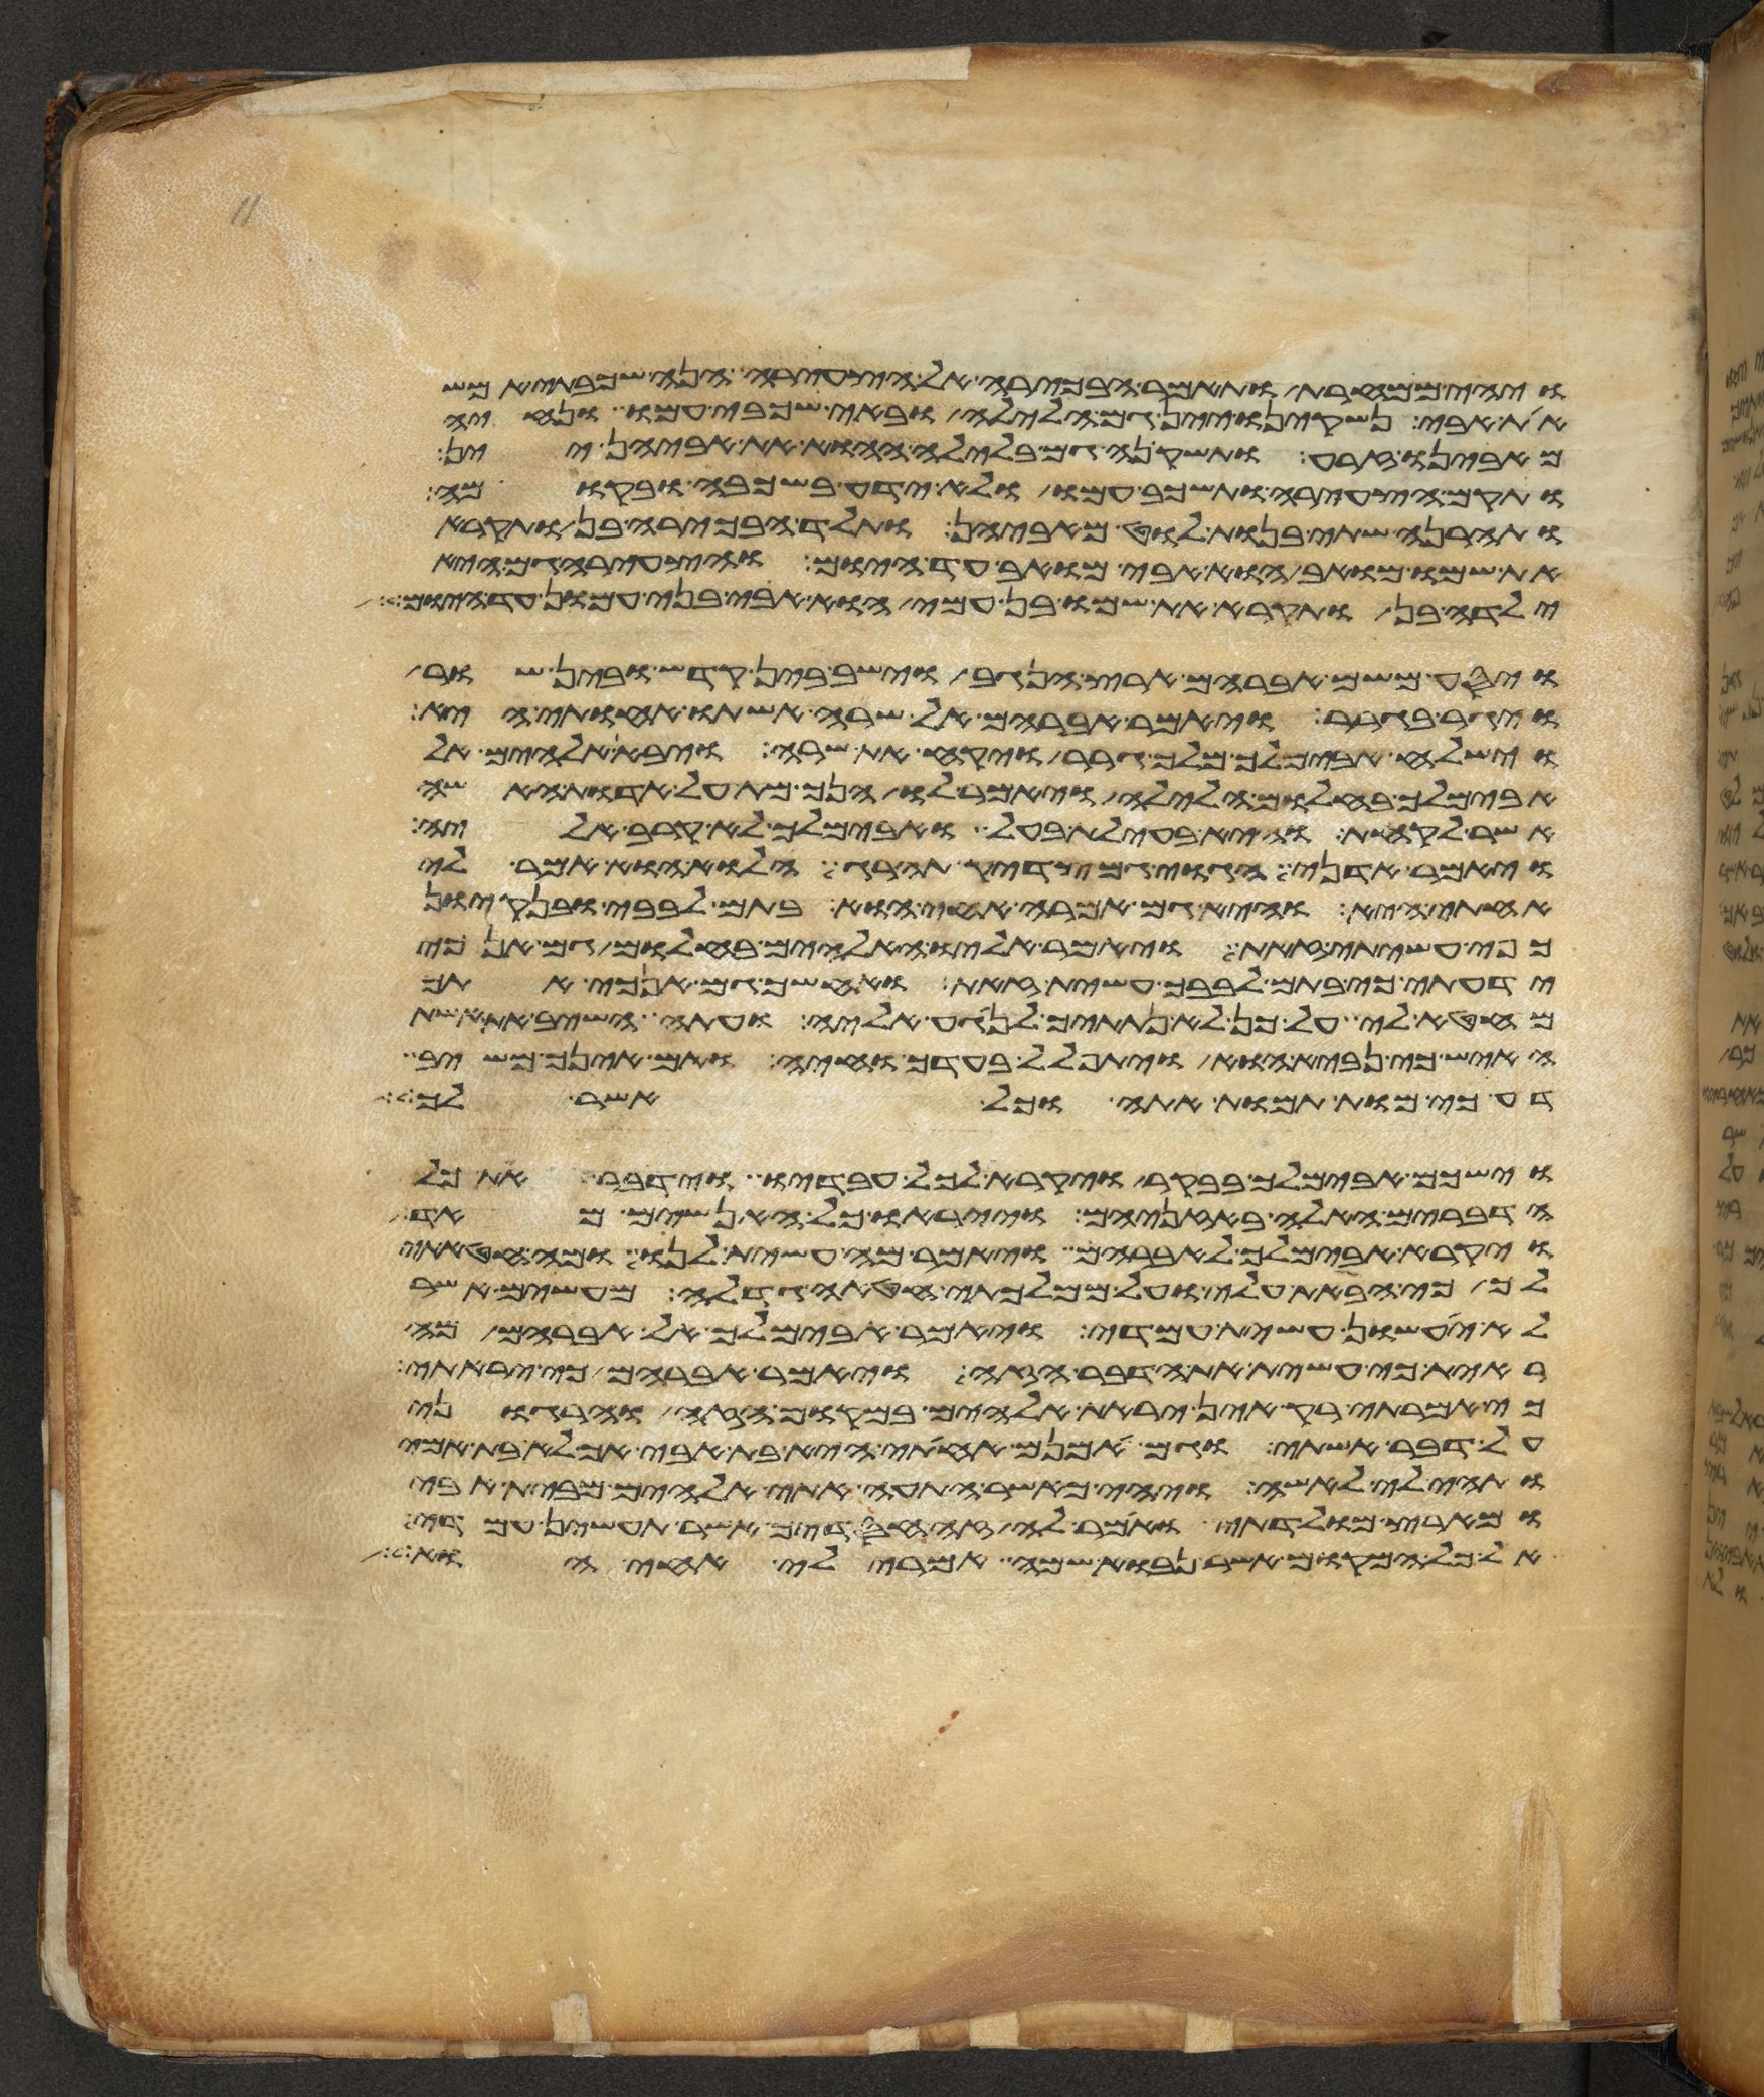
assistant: ויהי ממחרת ותאמר הבכירה אל הצעירה הנה שכבתי אמש
את אבי נשקינו יין גם הלילה ובאי שכבי עמו ונחיה
מאבינו זרע ותשקיהן גם בלילה ההוא את אביהן יין
ותקם הצעירה ותשכב עמו ולא ידע בשכבה ובקומה
ותהרנה שתי בנות לוט מאביהן ותלד הבכירה בן ותקרא
את שמו מואב הוא אבי מואב עד היום והצעירה גם היא
ילדה בן ותקרא את שמו בן עמי הוא אבי בני עמון עד היום
ויסע משם אברהם ארץ הנגב וישב בין קדש ובין שור
ויגר בגרר ויאמר אברהם אל שרה אשתו אחותי היא
וישלח אבימלך מלך גרר ויקח את שרה ויבא אלהים אל
אבימלך בחלום הלילה ויאמר לו הנך מת על אדות האשה
אשר לקחת והיא בעילת בעל ואבימלך לא קרב אליה
ויאמר אדני הגוי גם צדיק תהרג הלוא הוא אמר לי
אחותי היא והיא גם אמרה אחי הוא בתם לבבי ובנקיון
כפי עשיתי זאת ויאמר אליו האלהים בחלום גם אנכי
ידעתי כי בתם לבבך עשית זאת ואחשך גם אנכי אתך
מחטאה לי על כן לא נתתיך לנגע אליה ועתה השב את אשת
האיש כי נביא הוא ויתפלל בעדך וחיה ואם אינך משיב
דע כי מות תמות אתה וכל אשר לך
וישכם אבימלך בבקר ויקרא לכל עבדיו וידבר את כל
הדברים האלה באזניהם וייראו כל האנשים מאד
ויקרא אבימלך לאברהם ויאמר לו מה עשית לנו ומה חטאתי
לך כי הבאת עלי ועל ממלכתי חטאה גדלה מעשים אשר
לא יעשון עשית עמדי ויאמר אבימלך אל אברהם מה
ראית כי עשית את הדבר הזה ויאמר אברהם כי יראתי
כי אמרתי רק אין יראת אלהים במקום הזה והרגוני
על דבר אשתי וגם האמנם אחותי היא בת אבי אך לא בת אמי
ותהי לי לאשה ויהי כאשר התעה אתי אלהים מבית אבי
ומארץ מולדתי ואמר לה זה חסדיך אשר תעשין עמדי
אל כל המקום אשר נבוא שמה אמרי לי אחי הוא